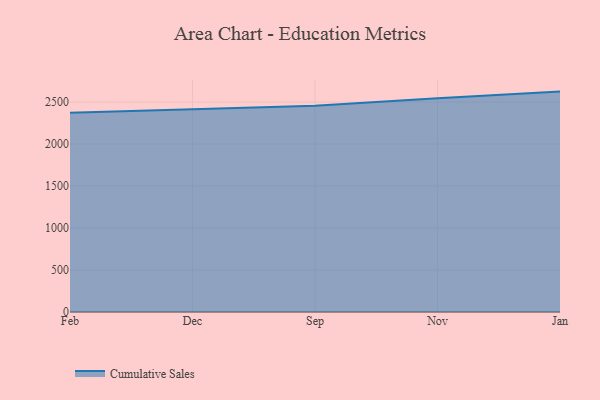
{"axis": {"x": "Month", "y": "Customer Acquisition Cost (USD)"}, "legend": ["Cumulative Sales"], "data": [{"x": "Feb", "y": 2372.2, "type": "Cumulative Sales"}, {"x": "Dec", "y": 2409.8, "type": "Cumulative Sales"}, {"x": "Sep", "y": 2455.6, "type": "Cumulative Sales"}, {"x": "Nov", "y": 2546.1, "type": "Cumulative Sales"}, {"x": "Jan", "y": 2624.9, "type": "Cumulative Sales"}]}